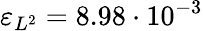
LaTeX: \varepsilon_{L^{2}}=8.98\cdot 10^{-3}